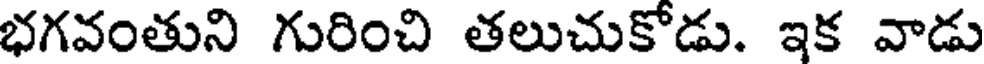
భగవంతుని గురించి తలుచుకోడు. ఇక వాడు